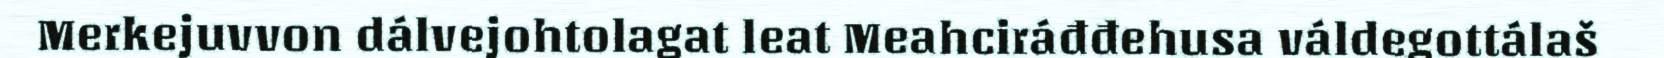
Merkejuvvon dálvejohtolagat leat Meahciráđđehusa váldegottálaš